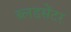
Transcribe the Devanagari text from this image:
ब्लडसेंटर